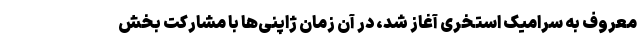
معروف به سرامیک استخری آغاز شد، در آن زمان ژاپنی‌ها با مشارکت بخش